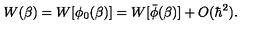
W ( \beta ) = W [ \phi _ { 0 } ( \beta ) ] = W [ \bar { \phi } ( \beta ) ] + O ( \hbar ^ { 2 } ) .